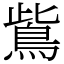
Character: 鴜